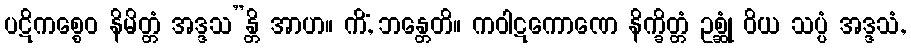
ပဋိကစ္စေဝ နိမိတ္တံ အဒ္ဒသ”န္တိ အာဟ။ ကိံ, ဘန္တေတိ။ ကဝါဋကောဏေ နိက္ခိတ္တံ ဥစ္ဆုံ ဝိယ သပ္ပံ အဒ္ဒသံ,